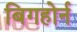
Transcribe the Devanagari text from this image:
बिगहोर्न